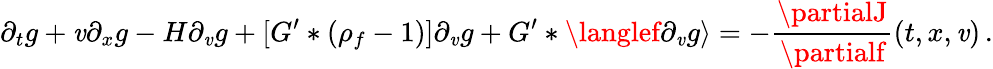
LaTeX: \partial_{t}g+\mathit{v}\partial_{x}g-H\partial_{\mathit{v}}g+[G^{\prime}\ast(\rho_{f}-1)]\partial_{\mathit{v}}g+G^{\prime}\ast\langlef\partial_{\mathit{v}}g\rangle=-\frac{{\partialJ}}{{\partialf}}(t,x,\mathit{v})\, .